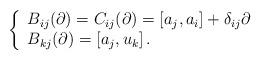
\begin{align*}\left\{\begin{array}{l}B_{ij}(\partial)=C_{ij}(\partial)=[a_j,a_i]+\delta_{ij}\partial\,\\B_{kj}(\partial)=[a_j,u_k]\,.\end{array}\right.\end{align*}